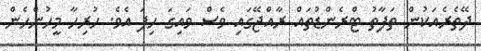
ދޭތެރެއަކުން ތަފާތު ޓްރެންޑުތައް ރާއްޖޭގައި ވެސް ވައިގަ ހިފަ އެވެ. ހުރިހާ މީހުންހެން